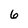
Character: 6